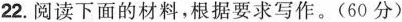
22.阅读下面的材料，根据要求写作。(60分)